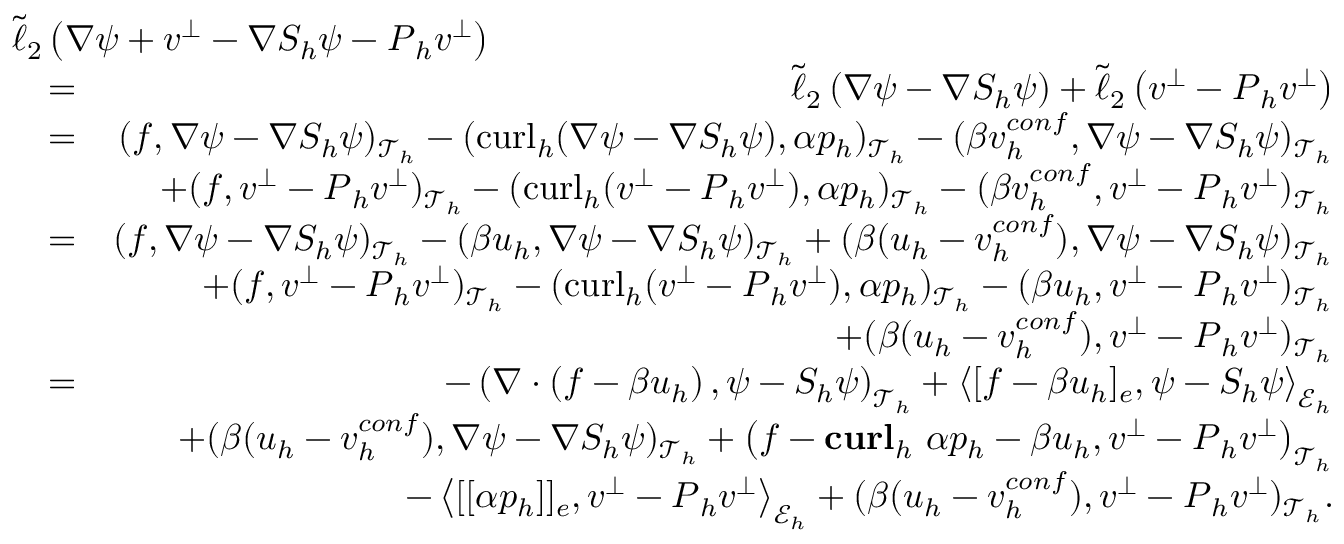
\begin{array} { r l r } { \lefteqn { \tilde { \ell } _ { 2 } \left( \nabla \psi + \boldsymbol { v } ^ { \bot } - \nabla S _ { h } \psi - \boldsymbol { P } _ { h } \boldsymbol { v } ^ { \bot } \right) } } \\ & { = } & { \tilde { \ell } _ { 2 } \left( \nabla \psi - \nabla S _ { h } \psi \right) + \tilde { \ell } _ { 2 } \left( \boldsymbol { v } ^ { \bot } - \boldsymbol { P } _ { h } \boldsymbol { v } ^ { \bot } \right) } \\ & { = } & { ( \boldsymbol { f } , \nabla \psi - \nabla S _ { h } \psi ) _ { \mathcal { T } _ { h } } - ( \mathrm { c u r l } _ { h } ( \nabla \psi - \nabla S _ { h } \psi ) , \alpha p _ { h } ) _ { \mathcal { T } _ { h } } - ( \beta \boldsymbol { v } _ { h } ^ { c o n f } , \nabla \psi - \nabla S _ { h } \psi ) _ { \mathcal { T } _ { h } } } \\ & { } & { + ( \boldsymbol { f } , \boldsymbol { v } ^ { \bot } - \boldsymbol { P } _ { h } \boldsymbol { v } ^ { \bot } ) _ { \mathcal { T } _ { h } } - ( \mathrm { c u r l } _ { h } ( \boldsymbol { v } ^ { \bot } - \boldsymbol { P } _ { h } \boldsymbol { v } ^ { \bot } ) , \alpha p _ { h } ) _ { \mathcal { T } _ { h } } - ( \beta \boldsymbol { v } _ { h } ^ { c o n f } , \boldsymbol { v } ^ { \bot } - \boldsymbol { P } _ { h } \boldsymbol { v } ^ { \bot } ) _ { \mathcal { T } _ { h } } } \\ & { = } & { ( \boldsymbol { f } , \nabla \psi - \nabla S _ { h } \psi ) _ { \mathcal { T } _ { h } } - ( \beta \boldsymbol { u } _ { h } , \nabla \psi - \nabla S _ { h } \psi ) _ { \mathcal { T } _ { h } } + ( \beta ( \boldsymbol { u } _ { h } - \boldsymbol { v } _ { h } ^ { c o n f } ) , \nabla \psi - \nabla S _ { h } \psi ) _ { \mathcal { T } _ { h } } } \\ & { } & { + ( \boldsymbol { f } , \boldsymbol { v } ^ { \bot } - \boldsymbol { P } _ { h } \boldsymbol { v } ^ { \bot } ) _ { \mathcal { T } _ { h } } - ( \mathrm { c u r l } _ { h } ( \boldsymbol { v } ^ { \bot } - \boldsymbol { P } _ { h } \boldsymbol { v } ^ { \bot } ) , \alpha p _ { h } ) _ { \mathcal { T } _ { h } } - ( \beta \boldsymbol { u } _ { h } , \boldsymbol { v } ^ { \bot } - \boldsymbol { P } _ { h } \boldsymbol { v } ^ { \bot } ) _ { \mathcal { T } _ { h } } } \\ & { } & { + ( \beta ( \boldsymbol { u } _ { h } - \boldsymbol { v } _ { h } ^ { c o n f } ) , \boldsymbol { v } ^ { \bot } - \boldsymbol { P } _ { h } \boldsymbol { v } ^ { \bot } ) _ { \mathcal { T } _ { h } } } \\ & { = } & { - \left( \nabla \cdot \left( \boldsymbol { f } - \beta \boldsymbol { u } _ { h } \right) , \psi - S _ { h } \psi \right) _ { \mathcal { T } _ { h } } + \left\langle [ \boldsymbol { f } - \beta \boldsymbol { u } _ { h } ] _ { e } , \psi - S _ { h } \psi \right\rangle _ { \mathcal { E } _ { h } } } \\ & { } & { + ( \beta ( \boldsymbol { u } _ { h } - \boldsymbol { v } _ { h } ^ { c o n f } ) , \nabla \psi - \nabla S _ { h } \psi ) _ { \mathcal { T } _ { h } } + \left( \boldsymbol { f } - \mathbf { c u r l } _ { h } ~ \alpha p _ { h } - \beta \boldsymbol { u } _ { h } , \boldsymbol { v } ^ { \bot } - \boldsymbol { P } _ { h } \boldsymbol { v } ^ { \bot } \right) _ { \mathcal { T } _ { h } } } \\ & { } & { - \left\langle [ [ \alpha p _ { h } ] ] _ { e } , \boldsymbol { v } ^ { \bot } - \boldsymbol { P } _ { h } \boldsymbol { v } ^ { \bot } \right\rangle _ { \mathcal { E } _ { h } } + ( \beta ( \boldsymbol { u } _ { h } - \boldsymbol { v } _ { h } ^ { c o n f } ) , \boldsymbol { v } ^ { \bot } - \boldsymbol { P } _ { h } \boldsymbol { v } ^ { \bot } ) _ { \mathcal { T } _ { h } } . } \end{array}